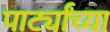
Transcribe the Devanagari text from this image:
पार्ट्यांच्या